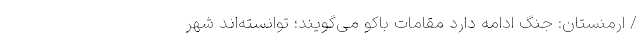
/ ارمنستان: جنگ ادامه دارد مقامات باکو می‌گویند؛ توانسته‌اند شهر